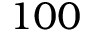
1 0 0